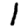
Digit: 1